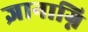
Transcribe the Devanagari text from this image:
ज्ञानाग्नि